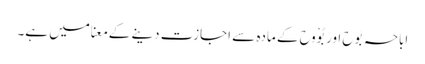
اباحہ بَوح اور بُوْوح کے مادہ سے اجازت دینے کے معنا میں ہے۔